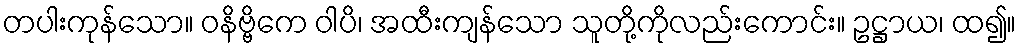
တပါးကုန်သော။ ဝနိဗ္ဗိကေ ဝါပိ၊ အထီးကျန်သော သူတို့ကိုလည်းကောင်း။ ဥဋ္ဌာယ၊ ထ၍။